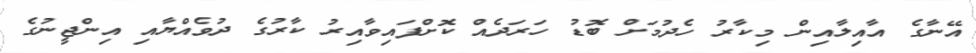
އޭނާގެ އާއިލާއިން މިކާރު ހެދުމަށް ބޮޑު ހަރަދެއް ކޮށްފައިވާއިރު ކާރުގެ ދުވެއްޔާއި އިންޖީނުގެ